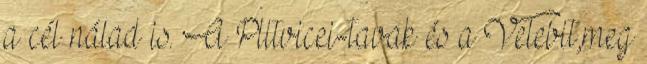
a cél nálad is. A Plitvicei-tavak és a Velebit,meg